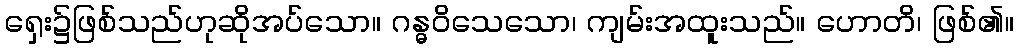
ရှေး၌ဖြစ်သည်ဟုဆိုအပ်သော။ ဂန္ဓဝိသေသော၊ ကျမ်းအထူးသည်။ ဟောတိ၊ ဖြစ်၏။